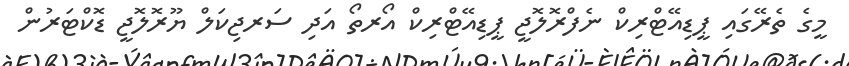
މީގެ ތެރޭގައި ޕީޑިއޭޓްރިކް ނެފްރޮލޮޖީ ޕީޑިއޭޓްރިކް އޯރތޯ އަދި ސަރޖިކަލް ޔޫރޮލޮޖީ ޑޮކްޓަރުން